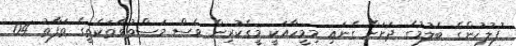
ފުލުހުންގެ ބެލުމުގެ ދަށަށް ގެނައި މިމީހާއަކީ މީގެކުރިން ވެސް މަސްތުވާތަކެތީގެ ތަފާތު 04